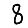
Digit: 8